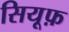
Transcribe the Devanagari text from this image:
सियूफ़